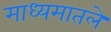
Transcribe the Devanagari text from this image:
माध्यमातले